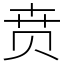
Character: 贲